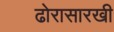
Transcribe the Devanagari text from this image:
ढोरासारखी